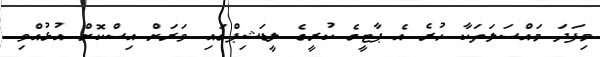
މިފަދަ މައްސަލަތަކާ ހުރެ އެ ޕާޓީގެ ކުރީގެ ލީޑަޝިޕްގައި ވަރަށް އިސްކޮށް އުޅުއްވި